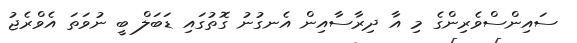
ސައިންސްވެރިންގެ މި އާ ދިރާސާއިން އެނގުނު ގޮތުގައި ޑަބަލް ބީ ނުވަތަ އެވްރެޖު